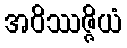
အဝိဿဇ္ဇိယံ